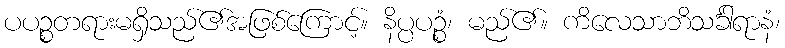
ပပဉ္စတရားမရှိသည်၏အဖြစ်ကြောင့်။ နိပ္ပပဉ္စံ၊ မည်၏။ ကိလေသာဘိသင်္ခါရာနံ၊